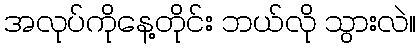
အလုပ်ကိုနေ့တိုင်း ဘယ်လို သွားလဲ။